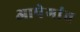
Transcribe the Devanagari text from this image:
आपेगांव